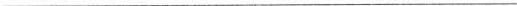
___